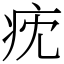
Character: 㽸